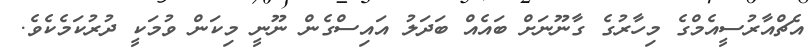
އެޗްއާރުސީއެމްގެ މިހާރުގެ ގާނޫނަށް ބައެއް ބަދަލު އައިސްގެން ނޫނީ މިކަން ވުމަކީ ދުރުކަމެކެވެ.